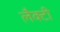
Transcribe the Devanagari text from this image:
लैक्टी